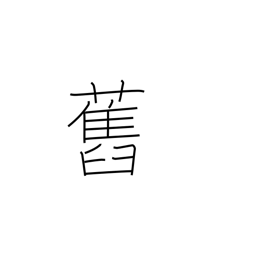
Meaning: ex-